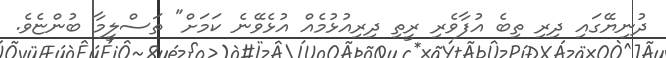
ދުނިޔޭގައި ދިރި ތިބެ އުފާވެރި ރީތި ދިރިއުޅުމެއް އުޅެވޭނެ ކަމަށް" ތަސްލީމާ ބުންޏެވެ.